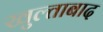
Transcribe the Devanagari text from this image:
खुल्ताबाद